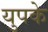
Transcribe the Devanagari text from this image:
युपके